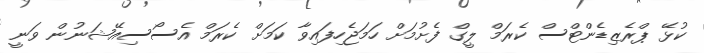
ކުޅޭ ޕްރެޒިޑެންޓްސް ކެރަމް ލީގް ފެށުމަށް ހަމަޖެހިފައިވާ ކަމަށް ކެރަމް އެސޯސިއޭޝަނުން ވަނީ